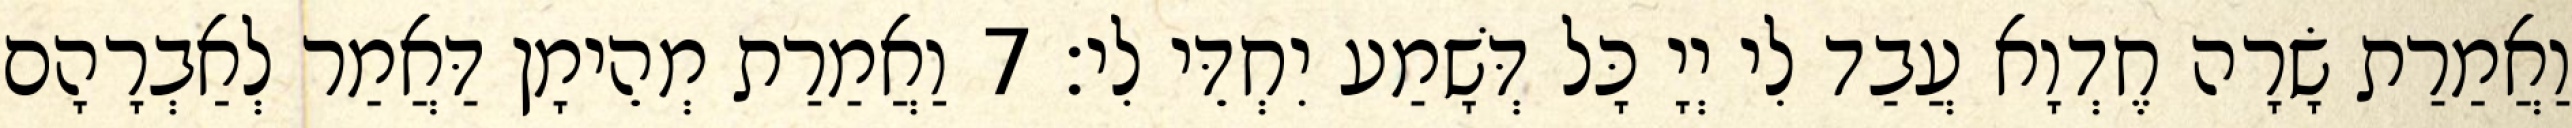
וַאֲמַרַת שָׂרָה חֶדְוָא עֲבַד לִי יְיָ כָּל דְּשָׁמַע יִחְדֵּי לִי׃ 7 וַאֲמַרַת מְהֵימָן דַּאֲמַר לְאַבְרָהָם